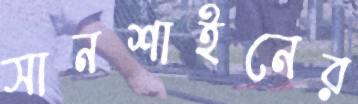
সানশাইনের